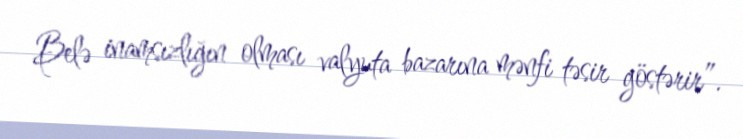
Belə inamsızlığın olması valyuta bazarına mənfi təsir göstərir”.